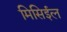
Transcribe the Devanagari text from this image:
मिसिईल